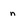
Character: n